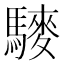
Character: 䮮